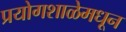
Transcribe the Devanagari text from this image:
प्रयोगशाळेमधून